Insane asylums in Bengal annual reports 1867-1875 - 1867-1875
Year: 1867
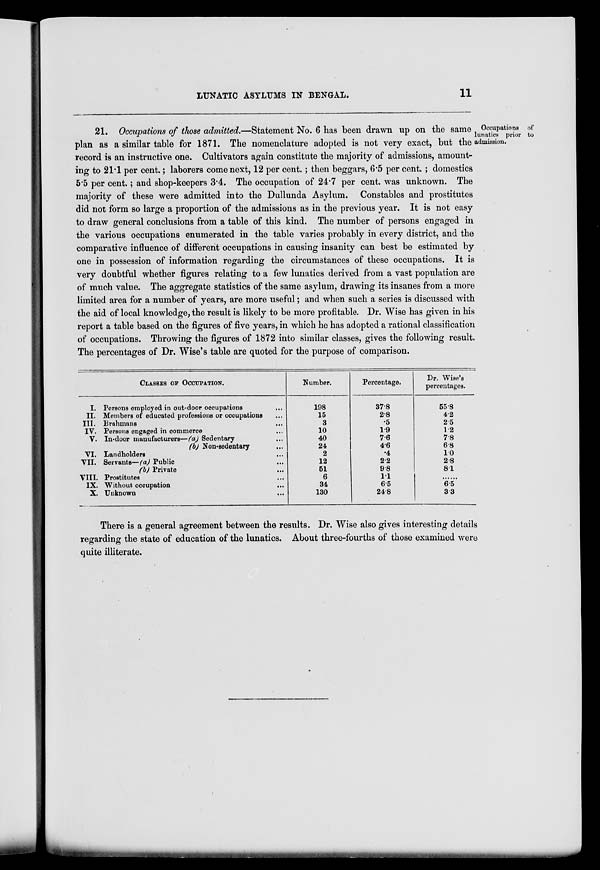
LUNATIC ASYLUMS IN BENGAL.
11
Occupations of
lunatics prior to
admission.
21. Occupations of those admitted.—Statement No. 6 has been drawn up on the same
plan as a similar table for 1871. The nomenclature adopted is not very exact, but the
record is an instructive one. Cultivators again constitute the majority of admissions, amount-
ing to 21.1 per cent.; laborers come next, 12 per cent.; then beggars, 6.5 per cent.; domestics
5.5 per cent.; and shop-keepers 3.4. The occupation of 24.7 per cent. was unknown. The
majority of these were admitted into the Dullunda Asylum. Constables and prostitutes
did not form so large a proportion of the admissions as in the previous year. It is not easy
to draw general conclusions from a table of this kind. The number of persons engaged in
the various occupations enumerated in the table varies probably in every district, and the
comparative influence of different occupations in causing insanity can best be estimated by
one in possession of information regarding the circumstances of these occupations. It is
very doubtful whether figures relating to a few lunatics derived from a vast population are
of much value. The aggregate statistics of the same asylum, drawing its insanes from a more
limited area for a number of years, are more useful; and when such a series is discussed with
the aid of local knowledge, the result is likely to be more profitable. Dr. Wise has given in his
report a table based on the figures of five years, in which he has adopted a rational classification
of occupations. Throwing the figures of 1872 into similar classes, gives the following result.
The percentages of Dr. Wise's table are quoted for the purpose of comparison.
CLASSES OF OCCUPATION.
I.
II.
III.
IV.
V.
VI.
VII.
VIII.
IX.
X.
Persons employed in out-door occupations ...
Members of educated professions or occupations ...
Brahmans ...
Persons engaged in commerce ...
In-door manufacturers—(a) Sedentary ...
(b) Non-sedentary ...
Landholders ...
Servants—(a) Public ...
(b) Private
...
Prostitutes ...
Without occupation ...
Unknown ...
Number.
198
15
3
10
40
24
2
12
51
6
34
130
Percentage.
37.8
2.8
.5
1.9
7.6
4.6
.4
2.2
9.8
1.1
6.5
24.8
Dr. Wise's
percentages.
55.8
4.2
2.5
1.2
7.8
6.8
1.0
2.8
8.1
...
6.5
3.3
There is a general agreement between the results. Dr. Wise also gives interesting details
regarding the state of education of the lunatics. About three-fourths of those examined were
quite illiterate.